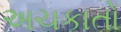
અચકાતો